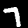
Label: 7